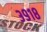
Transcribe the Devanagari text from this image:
३९१८